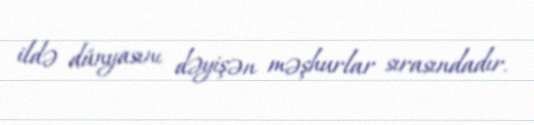
ildə dünyasını dəyişən məşhurlar sırasındadır.